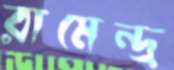
রামেন্দ্র